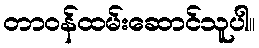
တာဝန်ထမ်းဆောင်သူပါ။